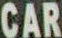
CAR